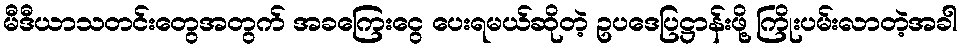
မီဒီယာသတင်းတွေအတွက် အခကြေးငွေ ပေးရမယ်ဆိုတဲ့ ဥပဒေပြဋ္ဌာန်းဖို့ ကြိုးပမ်းလာတဲ့အခါ